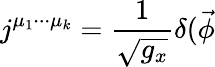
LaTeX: j^{\mu_{1}\cdot\cdot\cdot\mu_{k}}=\frac 1{\sqrt{g_{x}}}\delta(\vec{\phi}